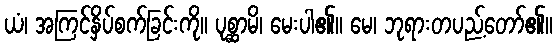
ယံ၊ အကြင်နှိပ်စက်ခြင်းကို။ ပုစ္ဆာမိ၊ မေးပါ၏။ မေ၊ ဘုရားတပည့်တော်၏။